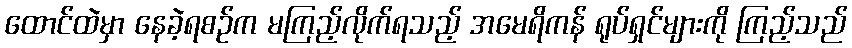
ထောင်ထဲမှာ နေခဲ့ရစဉ်က မကြည့်လိုက်ရသည့် အမေရိကန် ရုပ်ရှင်များကို ကြည့်သည်